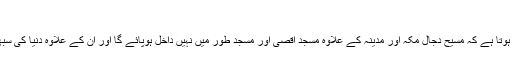
)
سابقہ حدیثوں سے معلوم ہوتا ہے کہ مسیح دجال مکہ اور مدینہ کے علاوہ مسجد اقصی اور مسجد طور میں نہیں داخل ہوپائے گا اور ان کے علاوہ دنیا کی سبھی جگہوں میں جائے گا۔